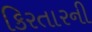
કિરતારની